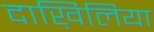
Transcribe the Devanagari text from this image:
दाख़िलिया